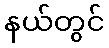
နယ်တွင်